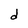
Character: d